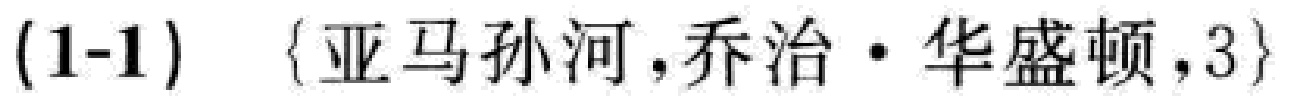
(1-1) \(\{亚马逊河,乔治\cdot华盛顿,3\}\)